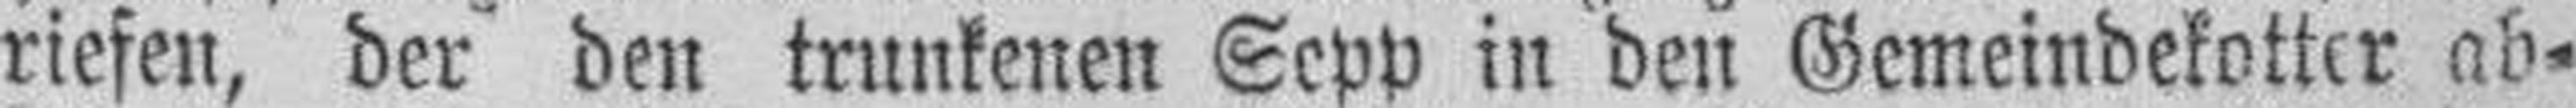
riefen, der den trunkenen Sepp in den Gemeindekotter ab¬